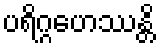
ပရိဂ္ဂဟေဿန္တိ